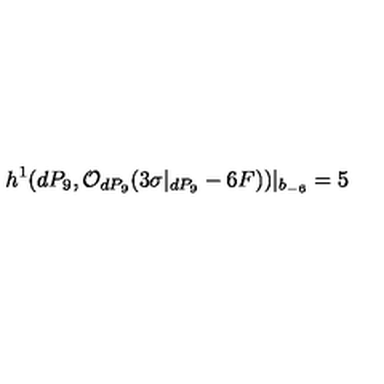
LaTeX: h ^ { 1 } ( d P _ { 9 } , { \cal O } _ { d P _ { 9 } } ( 3 \sigma | _ { d P _ { 9 } } - 6 F ) ) | _ { b _ { - 6 } } = 5